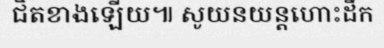
ជិតខាងឡើយ៕ សូយនយន្តហោះដឹក